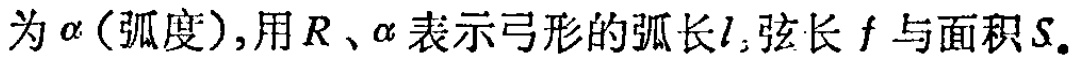
为\(\alpha\)（弧度）,用\(R\)、\(\alpha\)表示弓形的弧长\(l\),弦长\(f\)与面积\(S\)。